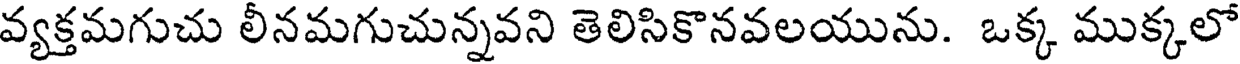
వ్యక్తమగుచు లీనమగుచున్నవని తెలిసికొనవలయును. ఒక్క ముక్కలో